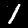
Label: 1